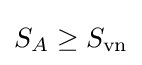
S_{A}\geq S_{\text{vn}}